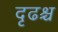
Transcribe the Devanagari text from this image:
दृढश्च